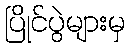
ပြိုင်ပွဲများမှ